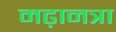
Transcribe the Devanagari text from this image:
मढ़ानत्रा